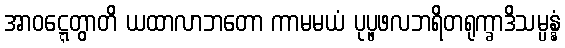
အာဝဋ္ဋေတွာတိ ယထာလာဘတော ကာမမယံ ပုပ္ဖဖလဘရိတရုက္ခာဒိသမ္ပန္နံ